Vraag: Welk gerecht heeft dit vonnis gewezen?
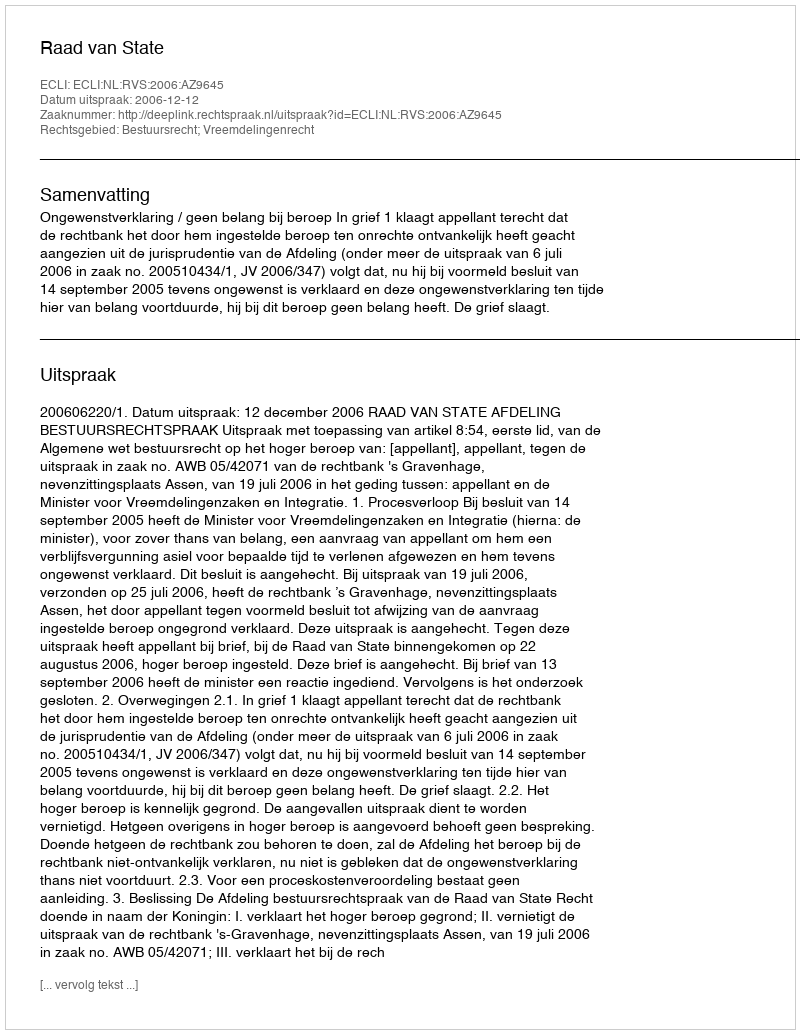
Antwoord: Raad van State